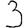
Digit: 3